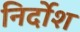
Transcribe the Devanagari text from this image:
निर्दोश